system: You are a helpful assistant.
user:
Analyze the provided spectrum to determine if it is a **Carbon Star (C-type)**.

- **Key Visual Indicators of Carbon Star:**
    - **(Primary):** Strong molecular absorption from **C₂ (diatomic carbon) "Swan Bands."** This is the **defining feature** of a carbon star.
        - **(Key Bandheads):** Sharp absorption edges are visible at approximately $5635$ Å, $5165$ Å (the strongest band), and $4737$ Å.
        - **(Line Profile):** Creates a distinct **"saw-tooth"** pattern. The key morphology is a sharp, steep bandhead on the **red (long-wavelength) side**, which then gradually tapers off (i.e., flux recovers) towards the **blue (short-wavelength) side**. *(This is the direct opposite of the TiO bands seen in M-type stars)*.

    - **(Secondary):** Intense **CN (cyanogen)** molecular absorption bands.
        - **(Key Bandheads):** Located in the blue and violet regions of the spectrum (e.g., near $4215$ Å and $3883$ Å).
        - **(Morphology):** These bands are extremely broad and act as a "blanket," absorbing the vast majority of blue and violet light. This creates a characteristic **"cliff"** or **"steep drop-off"** in the spectrum's flux at short wavelengths.

    - **(Key Confirmation):** Strong **CH absorption band (G-band)**.
        - **(Key Bandhead):** Located around $4300$ Å. The contribution from CH molecules to this band is exceptionally strong.

    - **(Overall Spectrum):**
        - The continuum is severely "chopped up" by these deep molecular bands, especially C₂, rather than appearing as a smooth curve.
        - Due to the heavy CN and C₂ absorption in the blue-green, the vast majority of the star's flux is concentrated in the red part of the spectrum, giving the star its characteristic deep red color.

Think first, call **spectral_visualization_tool** if needed to examine features in detail, then provide your final answer. Your response must adhere to the following strict rules:
1.  **Overall Structure:** Your response must follow the format `<think>...</think> <tool_call>...</tool_call> (if a tool is used) <answer>...</answer>`.
2.  **Tool Usage Constraint:** You may only make **one** tool call per turn.
3.  **Final Answer Format:** In the `<answer>` tag, your conclusion must be inside a `\boxed{}` command (e.g., `\boxed{YES}`), followed by your justification.

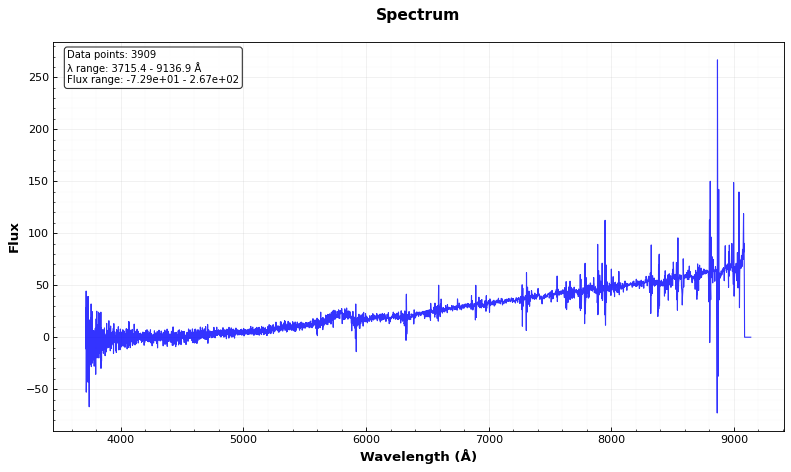
Answer: NO